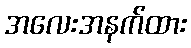
အလေးအနက်ထား